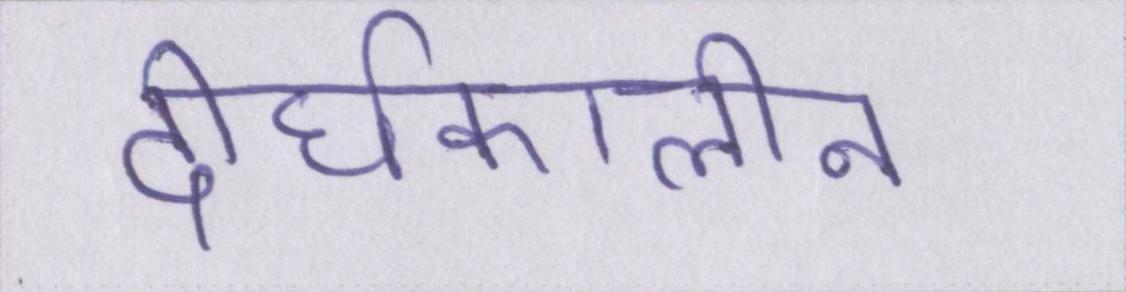
दीर्घकालीन